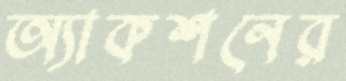
অ্যাকশনের